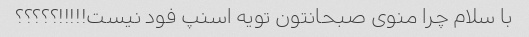
با سلام چرا منوی صبحانتون تویه اسنپ فود نیست!!!!!؟؟؟؟؟